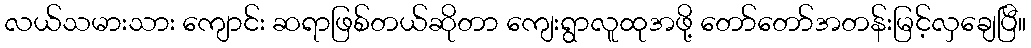
လယ်သမားသား ကျောင်း ဆရာဖြစ်တယ်ဆိုတာ ကျေးရွာလူထုအဖို့ တော်တော်အတန်းမြင့်လှချေပြီ။